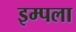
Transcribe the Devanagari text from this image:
इम्पला